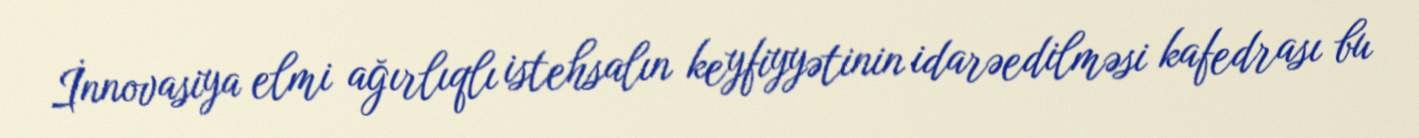
İnnovasiya elmi ağırlıqlı istehsalın keyfiyyətinin idarəedilməsi kafedrası bu